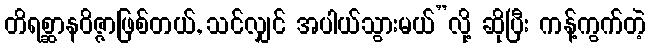
တိရစ္ဆာနဝိဇ္ဇာဖြစ်တယ်, သင်လျှင် အပါယ်သွားမယ်”လို့ ဆိုပြီး ကန့်ကွက်တဲ့